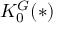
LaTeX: K _ { 0 } ^ { G } ( * )